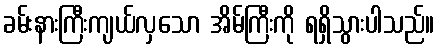
ခမ်းနားကြီးကျယ်လှသော အိမ်ကြီးကို ရရှိသွားပါသည်။